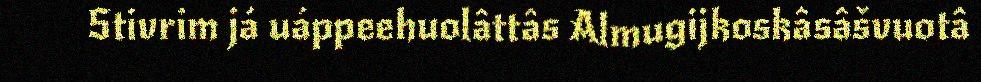
Stivrim já uáppeehuolâttâs Almugijkoskâsâšvuotâ